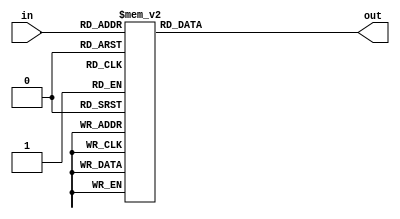
module priority_encoder(
  input [3:0] in,
  output reg [4:0] out
);

always @(*) begin
 case(in)
  4'b0000: out = 5'b00000; //No input
  4'b0001: out = 5'b00001; //Input is 1
  4'b0010: out = 5'b00010; //Input is 2
  4'b0011: out = 5'b00011; //Input is 3
  4'b0100: out = 5'b00100; //Input is 4
  4'b0101: out = 5'b00101; //Input is 5
  4'b0110: out = 5'b00110; //Input is 6
  4'b0111: out = 5'b00111; //Input is 7
  4'b1000: out = 5'b01000; //Input is 8
  4'b1001: out = 5'b01001; //Input is 9
  4'b1010: out = 5'b01001; //Input is 9
  4'b1011: out = 5'b01001; //Input is 9
  4'b1100: out = 5'b01001; //Input is 9
  4'b1101: out = 5'b01001; //Input is 9
  4'b1110: out = 5'b01001; //Input is 9
  4'b1111: out = 5'b01001; //Input is 9
 endcase
end

endmodule